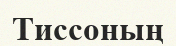
Тиссоның